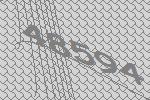
48594